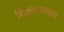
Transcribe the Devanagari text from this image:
शिलाहारवंश